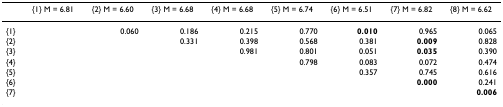
<table><thead><tr><td></td><td><b>{1} M = 6.81</b></td><td><b>{2} M = 6.60</b></td><td><b>{3} M = 6.68</b></td><td><b>{4} M = 6.68</b></td><td><b>{5} M = 6.74</b></td><td><b>{6} M = 6.51</b></td><td><b>{7} M = 6.82</b></td><td><b>{8} M = 6.62</b></td></tr></thead><tbody><tr><td>{1}</td><td></td><td>0.060</td><td>0.186</td><td>0.215</td><td>0.770</td><td><b>0.010</b></td><td>0.965</td><td>0.065</td></tr><tr><td>{2}</td><td></td><td></td><td>0.331</td><td>0.398</td><td>0.568</td><td>0.381</td><td><b>0.009</b></td><td>0.828</td></tr><tr><td>{3}</td><td></td><td></td><td></td><td>0.981</td><td>0.801</td><td>0.051</td><td><b>0.035</b></td><td>0.390</td></tr><tr><td>{4}</td><td></td><td></td><td></td><td></td><td>0.798</td><td>0.083</td><td>0.072</td><td>0.474</td></tr><tr><td>{5}</td><td></td><td></td><td></td><td></td><td></td><td>0.357</td><td>0.745</td><td>0.616</td></tr><tr><td>{6}</td><td></td><td></td><td></td><td></td><td></td><td></td><td><b>0.000</b></td><td>0.241</td></tr><tr><td>{7}</td><td></td><td></td><td></td><td></td><td></td><td></td><td></td><td><b>0.006</b></td></tr></tbody></table>